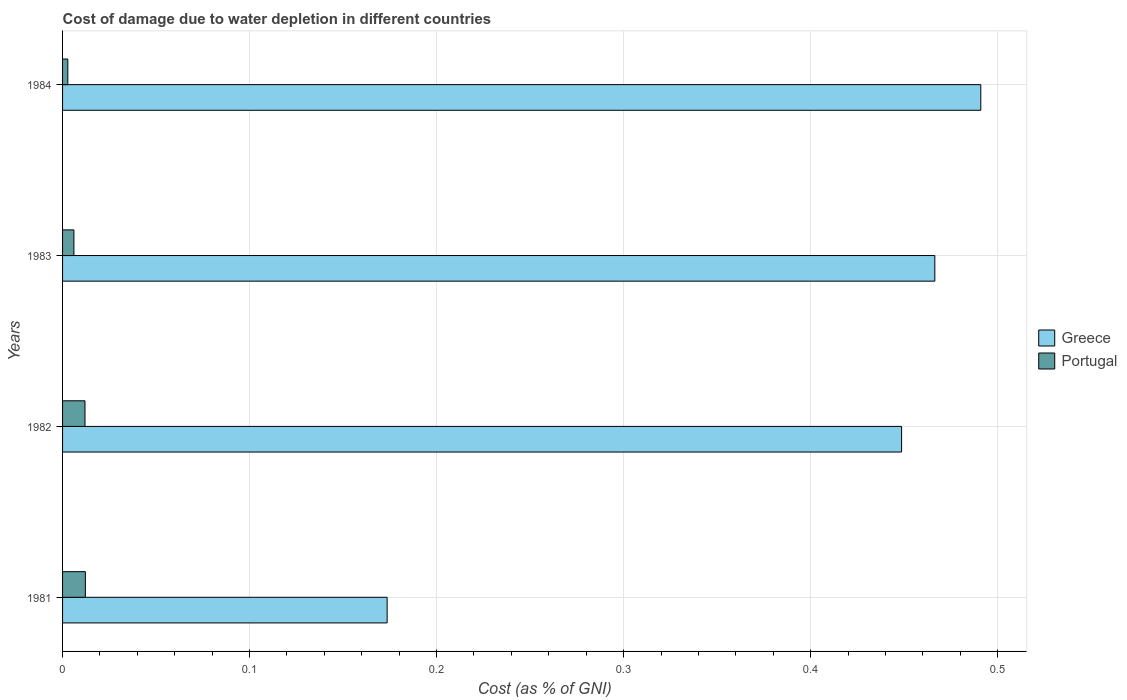
| Years | Greece | Portugal |
 | --- | --- | --- |
 | 1981 | 0.174 | 0.0122 |
 | 1982 | 0.449 | 0.012 |
 | 1983 | 0.466 | 0.00606 |
 | 1984 | 0.491 | 0.00281 |